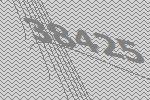
38425